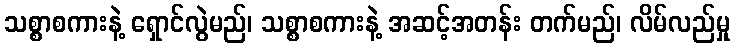
သစ္စာစကားနဲ့ ရှောင်လွဲမည်၊ သစ္စာစကားနဲ့ အဆင့်အတန်း တက်မည်၊ လိမ်လည်မှု